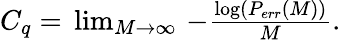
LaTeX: \begin{array}{r}{C_{q}=\, \operatorname*{lim}_{M\to\infty}\, -\frac{\log(P_{err}(M))}{M}.}\end{array}